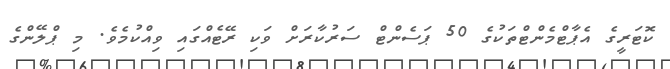
ކޮޓަރީގެ އެޕާޓްމެންޓްތަކުގެ 50 ޕަސެންޓް ސަރުކާރަށް ވަކި ރޭޓެއްގައި ވިއްކުމެވެ. މި ޕްލޭންގެ